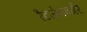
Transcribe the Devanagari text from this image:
रैटज़ेनबर्गर